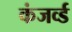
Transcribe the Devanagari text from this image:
कंजर्व्ड